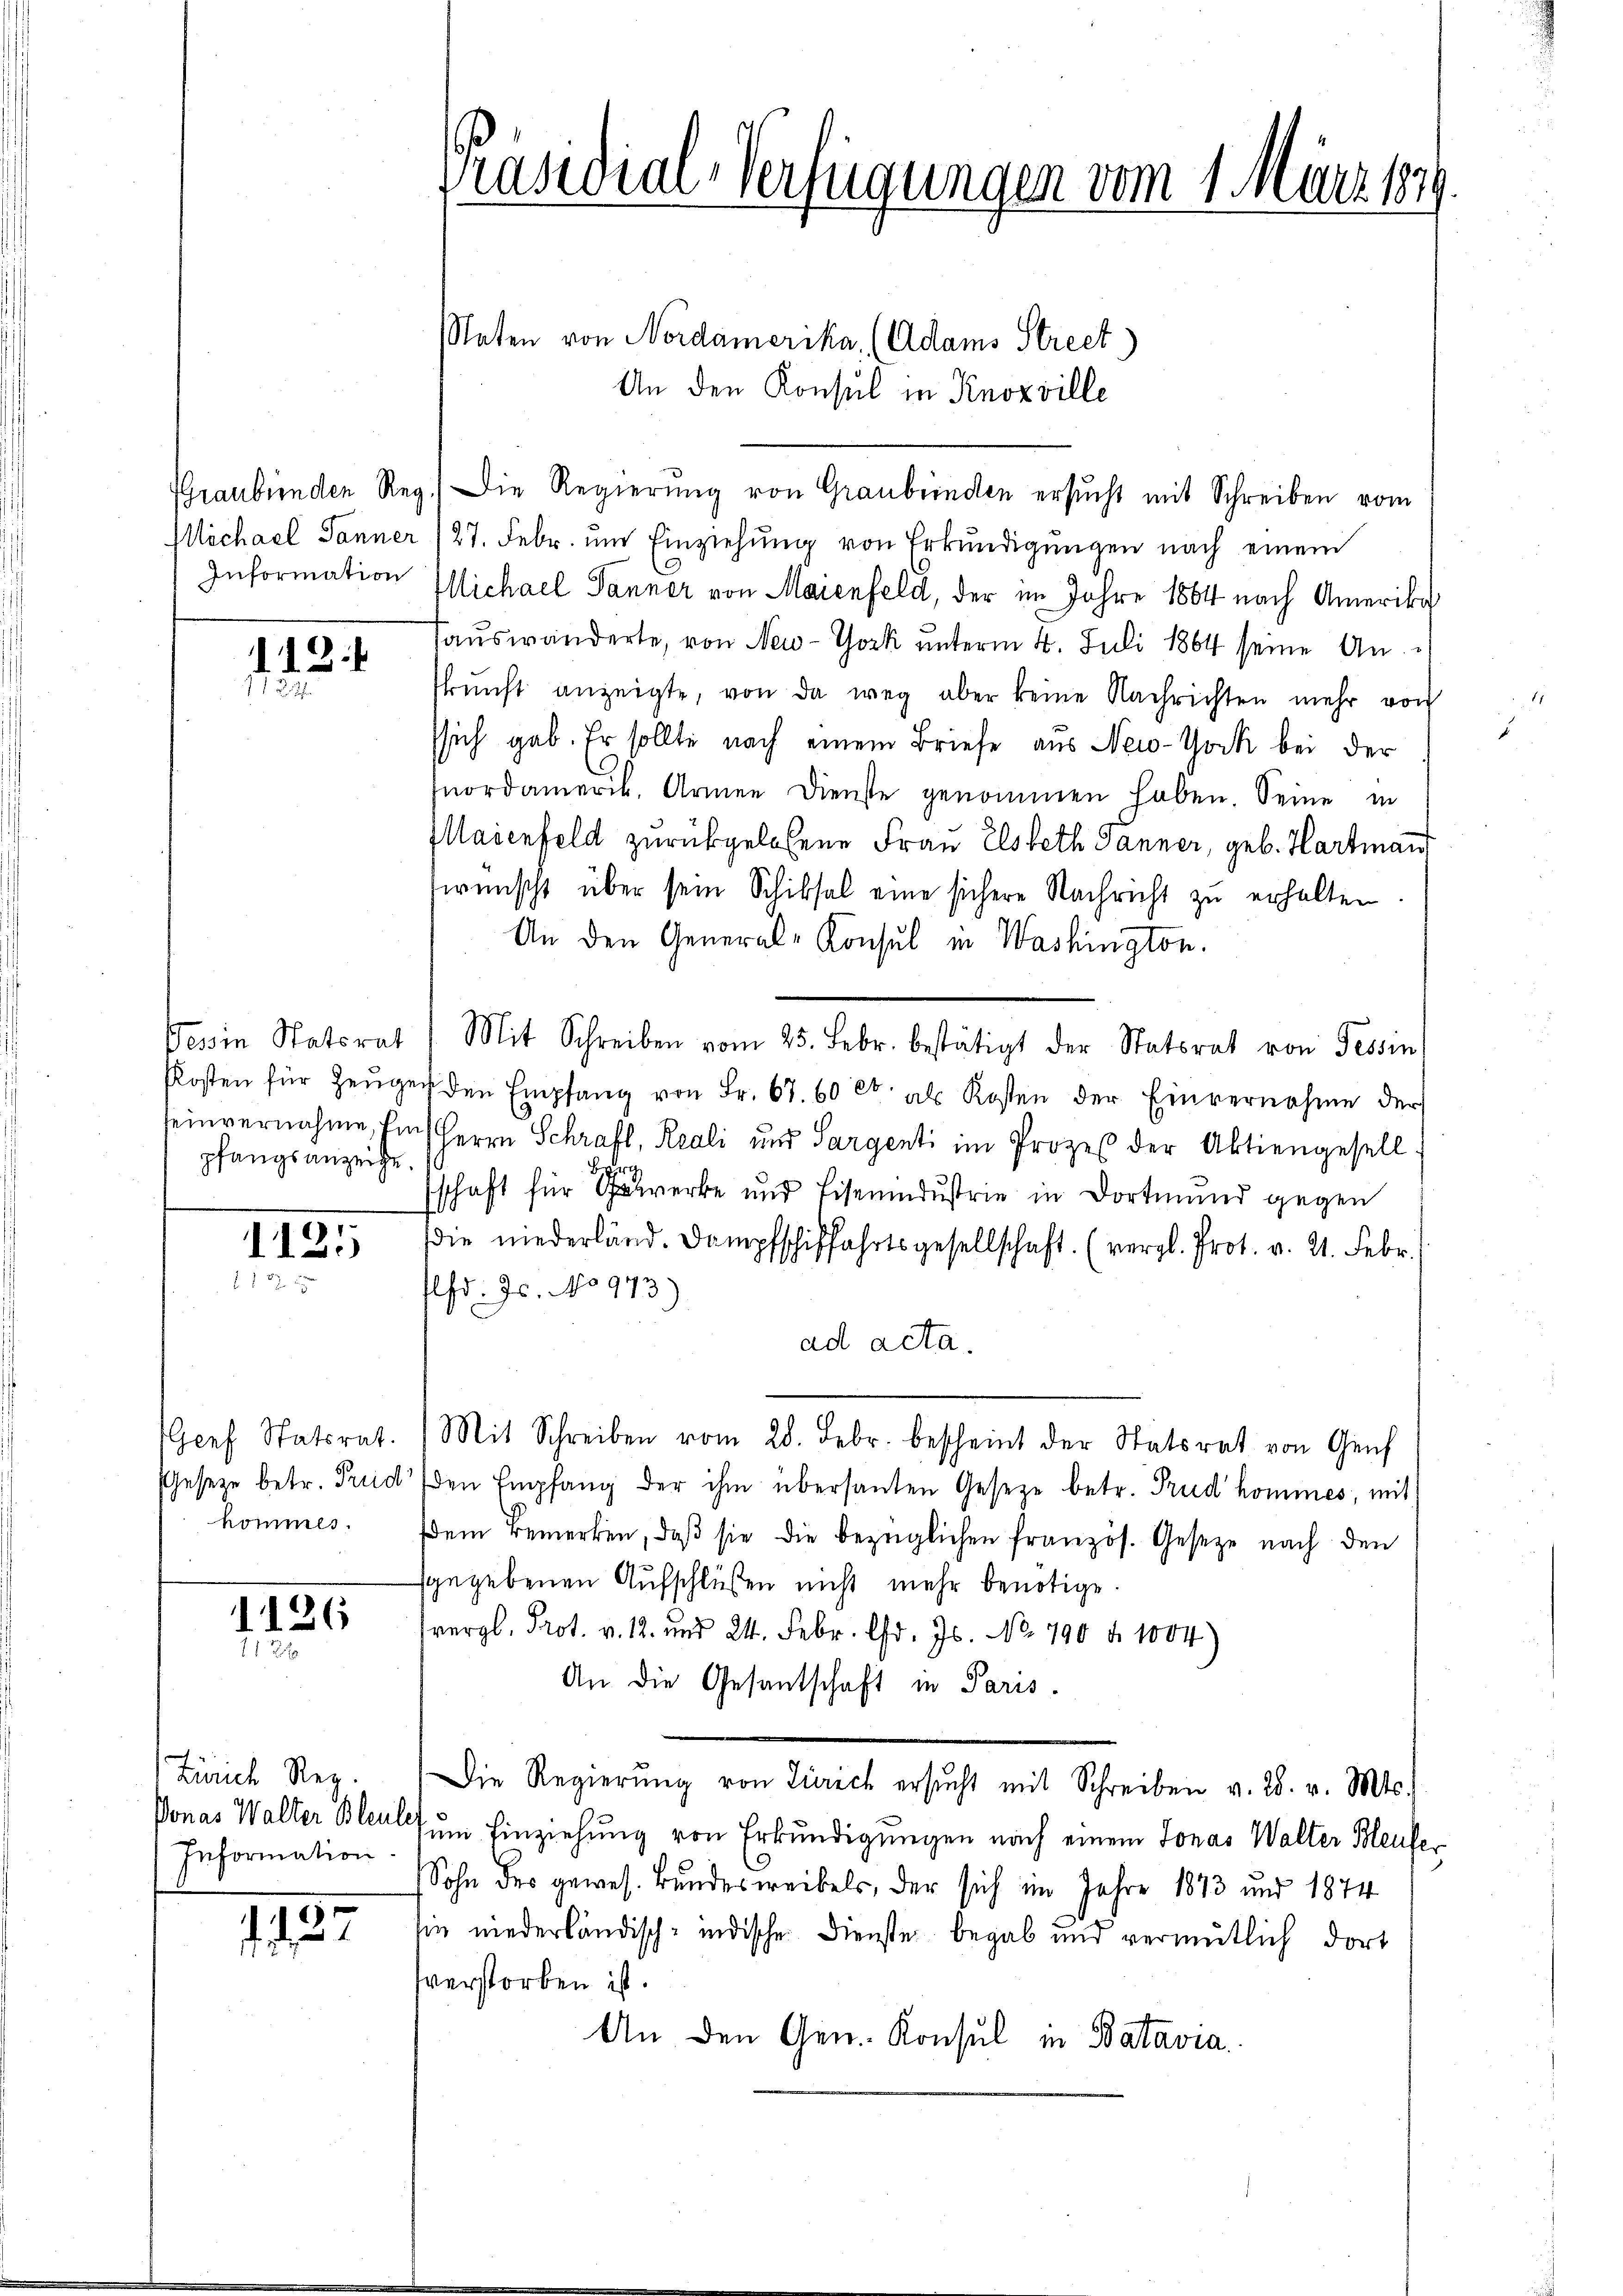
1223

pfangsanzeige.

II25
187

GGenf Statsrat.
kommes.

1126
18

Zürich Reg.
Information.

1927

Präsidial-Verfügungen vom 1. März 1849.

Naten von Nordamerika, (Adams Street)
An den Konsul in Knozville
Graubünden Reg.) Die Regierung von Graubünden ersucht mit Schreiben vom
Michael Jänner (27. Febr. ŭm Einziehŭng von Erkŭndigŭngen nach einem
Information Michael Tanner von Maienfeld, der im Jahre 1864 nach Amerika
auswanderte, von New-York unterm 4. Juli 1864 seine An-
skŭnft anzeigte, von da weg aber keine Nachrichten mehr von
ssich gab. Er sollte nach einem Briefe aus New-York bei der
nordamerik. Armen Dienste genommen haben. Seine in
Maienfeld zurückgelesene Frau Elsbeth Janner, geb. Hartmann
wünscht über sein Schiksal eine sichere Nachricht zu erhalten.
An den General-Konsul in Washington.
Tessin Statorat: Mit Schreiben vom 25. Febr. bestätigt der Statsrat von Tessin
Kosten für Zeŭgen den Empfang von Fr. 67. 60 Ct. als Kosten der Einvernahme der
seinvernahme, Ein Herrn Schraft, Reali und Sargenti im Prozeß der Aktiengesell
B
Arch
schaft für Erwerke und Eisenindustrie in Dortmund gegen
die niederländ. Dampfschiffahrtsgesellschaft. (vergl. Prot. v. 21. Febr.
lfd. Js. No 973)
ad acta.
Mit Schreiben vom 28. Febr. bescheint der Statsrat von Genf
sGesetze betr. Freid den Empfang der ihm übersanten Gesetze betr. Trud’hommes, mit
em Bemerken, daß sie die bezüglichen französ. Gesetze nach den
sgegebenen Aufschlüßen nicht mehr benötige.
erl. Pr. v. 1. und 24. Febr. d. Js. No. 790 n 1004)
An die Gesandtschaft in Paris.
Die Regierŭng von Zürich ersŭcht mit Schreiben v. 28. v. Mts.
Vonas Walter Bleult um Einziehung von Erkundigungen nach einem Jonas Walter Bleuler
Sohn des gewes. Bundesweibels, der sich im Jahre 1873 und 1874
sin niederländisch-indische Dienste begab und vermutlich dort
sverstorben ist.
An den Gen. Konsul in Batavia